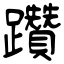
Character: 躦